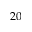
2 0